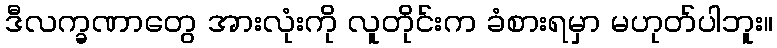
ဒီလက္ခဏာတွေ အားလုံးကို လူတိုင်းက ခံစားရမှာ မဟုတ်ပါဘူး။